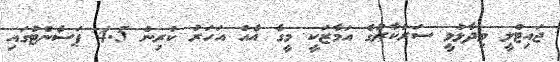
ޖައިޓްލީ ވިދާޅުވީ ސަރުކާރުގެ އަމާޒަކީ މީގެ އެއް އަހަރު ކުރިން 4.5 ޕަސެންޓުގައި